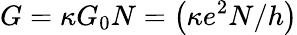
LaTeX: G=\kappa G_{0}N=\left(\kappa e^{2}N/h\right)